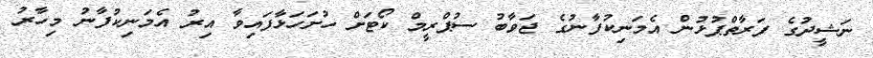
ނަޝީދުގެ ފަރާތްޕުޅުން އެމަނިކުފާނުގެ ޖަވާބު ސުޕްރީމް ކޯޓަށް ހުށަހަޅާފައިވާ އިރު އެމަނިކުފާނު މިހާރު